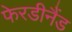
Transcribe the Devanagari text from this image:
फेरडीनैंड